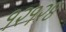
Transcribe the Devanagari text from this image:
१२१२४